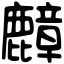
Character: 𪋟